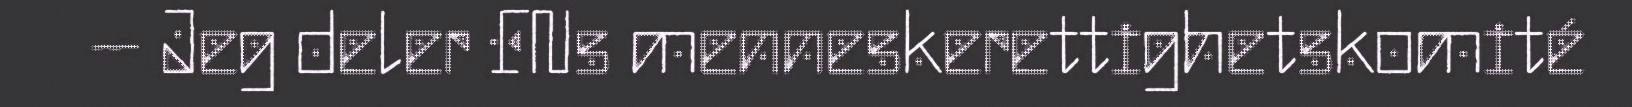
– Jeg deler FNs menneskerettighetskomité